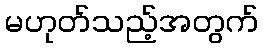
မဟုတ်သည့်အတွက်